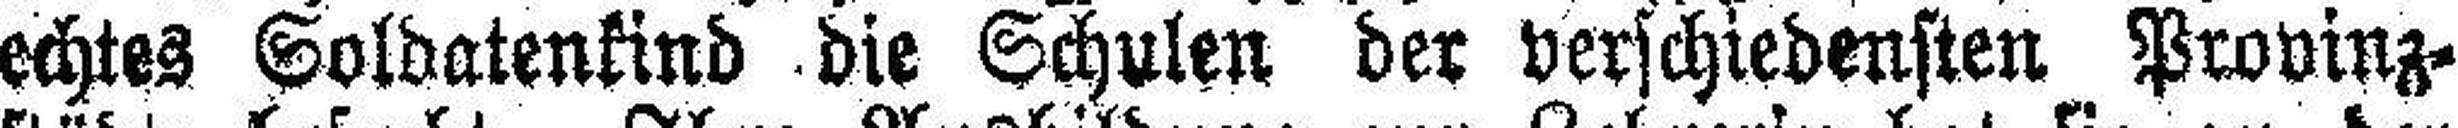
echtes Soldatenkind die Schulen der verschiedensten Provinz¬